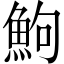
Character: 鮈